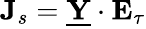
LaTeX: {\mathbf J}_{s}={\underline{{\mathbf Y}}}\cdot{\mathbf E}_{\tau}